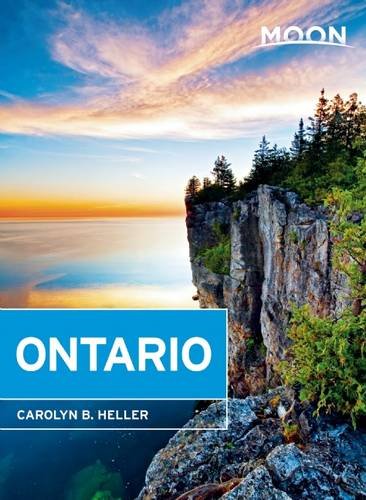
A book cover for Moon Ontario (Moon Handbooks); Carolyn B. Heller; Travel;